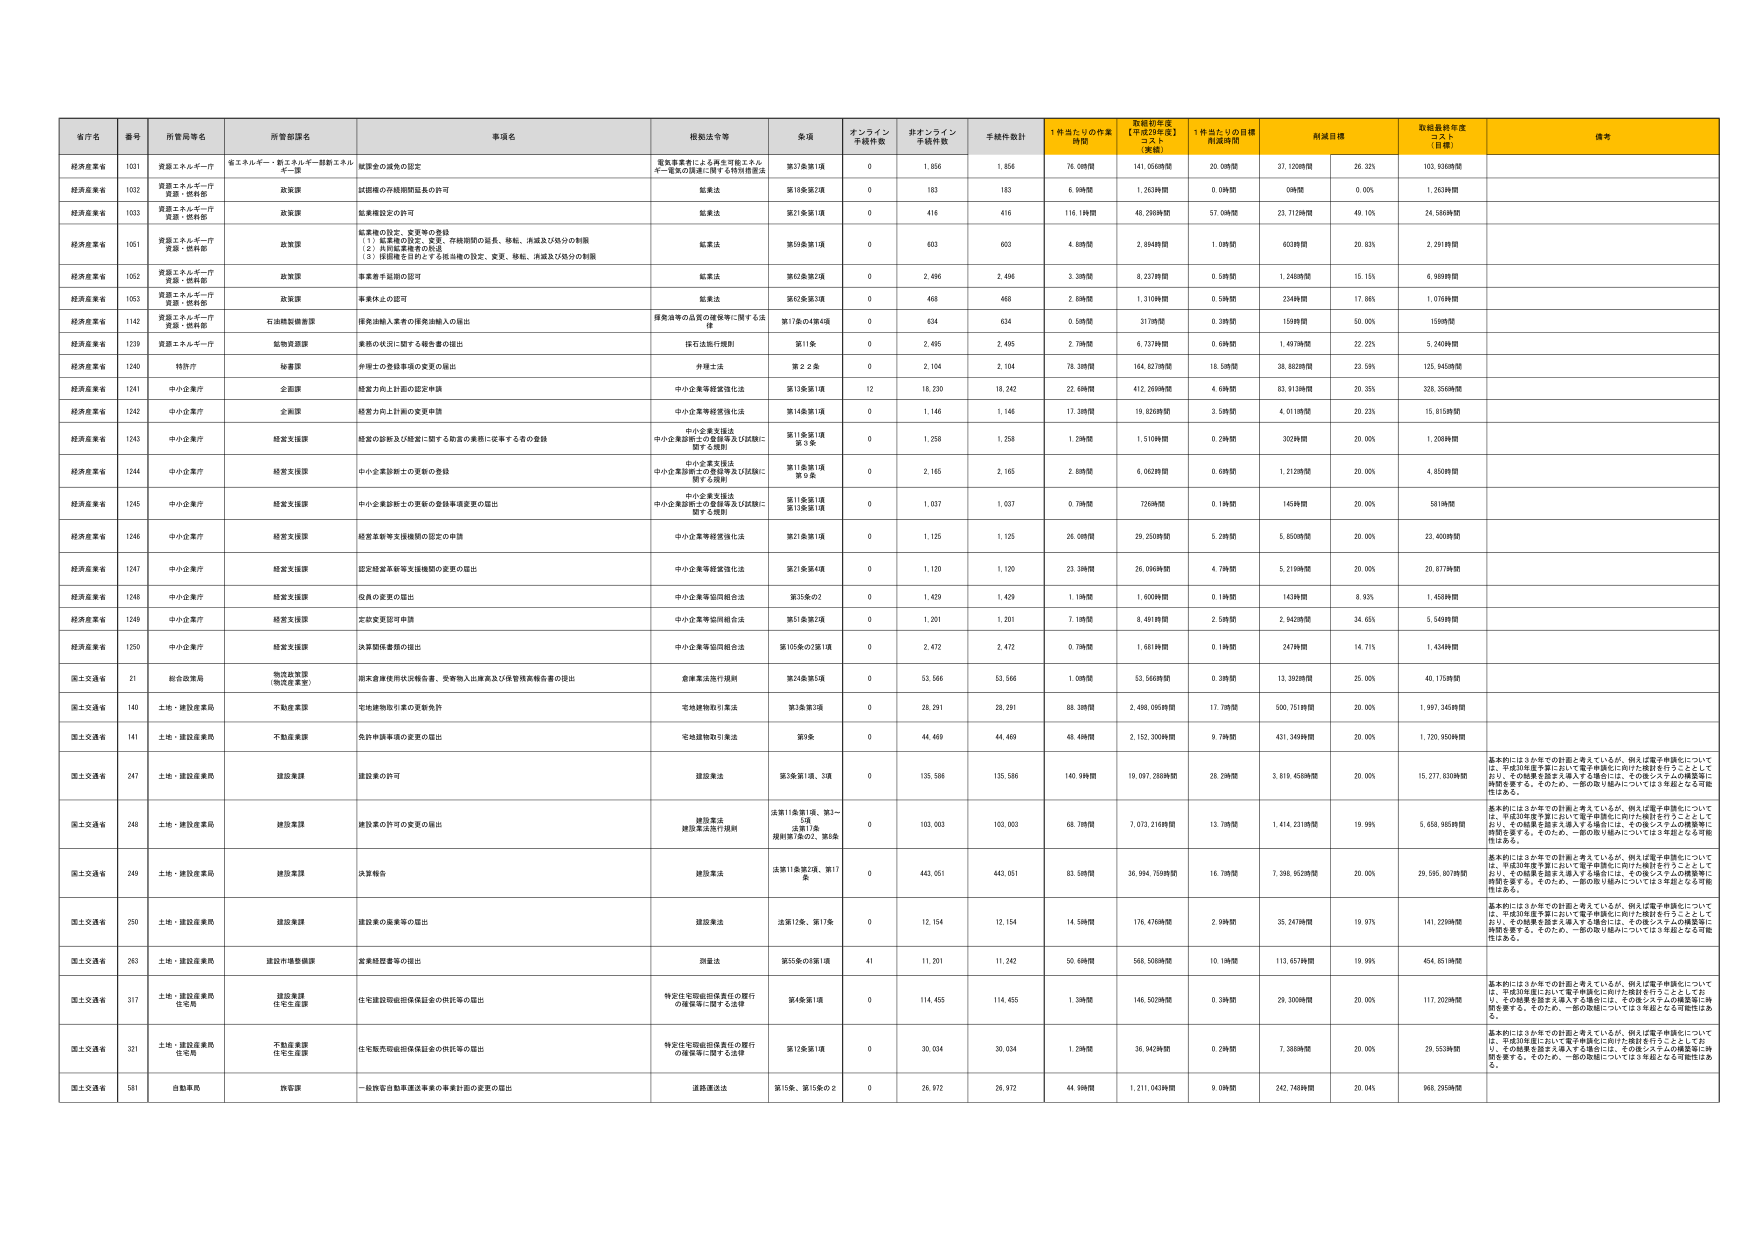
省庁名 番号 所管局等名 所管部課名 事項名 根拠法令等 金額 オンライン 手続件数 非オンライン 手続件数 手続件数計 1件当たりの作業 時間 数値初年度 【平成29年度】 コスト 【実績】 1件当たりの目標 作成時間 削減目標 取組最終年度 コスト 【目標】 備考
経済産業省 1031 資源エネルギー庁 資エネルギー・新エネルギー・創薬エネルギー課 結課金の減免の認定 電気事業者による再生可能エネルギーや電力の卸売に関する特別措置法 第37条第1項 0 1,856 1,856 76.08時間 141,056時間 20.08時間 37.120時間 26.32% 103.936時間
経済産業省 1032 資源エネルギー庁 資源・燃料部 政策課 試験機の外観期間延長の許可 鉱業法 第18条第2項 0 183 183 6.99時間 1,263時間 0.09時間 0時間 0.00% 1.263時間
経済産業省 1033 資源エネルギー庁 資源・燃料部 政策課 鉱業権設定の許可 鉱業法 第21条第1項 0 416 416 119.16時間 48,298時間 57.08時間 23.712時間 40.10% 24.586時間
経済産業省 1051 資源エネルギー庁 資源・燃料部 政策課 鉱業権の設定、変更等の登録 （1）鉱業権の設定、変更、存続期間の延長、移転、消滅及び処分の制限 （2）特別鉱業権の処分 （3）採掘権を目的とする抵当権の設定、変更、移転、消滅及び処分の制限 鉱業法 第59条第1項 0 603 603 4.89時間 2,894時間 1.08時間 603時間 20.83% 2,291時間
経済産業省 1052 資源エネルギー庁 資源・燃料部 政策課 事業着手届出の認可 鉱業法 第62条第2項 0 2,496 2,496 3.38時間 8,337時間 0.58時間 1,248時間 15.15% 6,989時間
経済産業省 1053 資源エネルギー庁 資源・燃料部 政策課 事業休止の認可 鉱業法 第62条第3項 0 468 468 2.89時間 1,319時間 0.58時間 234時間 17.86% 1,078時間
経済産業省 1142 資源エネルギー庁 資源・燃料部 石油機関審査課 採掘油輸入業者の採発油輸入の届出 鉱業法等の品質の確保等に関する法律 第17条の4第4項 0 634 634 0.58時間 317時間 0.38時間 159時間 50.00% 159時間
経済産業省 1239 資源エネルギー庁 資源・燃料部 炭油資源課 業務の状況に関する報告書の提出 石石油法附則 第11条 0 2,495 2,495 2.79時間 6,737時間 0.68時間 1,497時間 22.22% 5,240時間
経済産業省 1240 精密庁 秘書課 外部士の登録事項の変更の届出 外部士法 第２２条 0 2,104 2,104 78.38時間 164,827時間 16.58時間 38,862時間 23.99% 125,945時間
経済産業省 1241 中小企業庁 企画課 経営力向上計画の認定申請 中小企業等経営強化法 第13条第1項 12 18,230 18,242 22.68時間 412,269時間 4.68時間 83,913時間 20.35% 328,356時間
経済産業省 1242 中小企業庁 企画課 経営力向上計画の変更申請 中小企業等経営強化法 第14条第1項 0 1,146 1,146 17.38時間 19,828時間 3.58時間 4,011時間 20.23% 15,815時間
経済産業省 1243 中小企業庁 経営支援課 経営の診断及び経営に関する助言の業務に従事する者の登録 中小企業支援法 中小企業等に関する登録等及び試験に関する規則 第11条第1項 第５条 0 1,258 1,258 1.28時間 1,510時間 0.28時間 302時間 20.00% 1,208時間
経済産業省 1244 中小企業庁 経営支援課 中小企業診断士の更新の登録 中小企業支援法 中小企業等に関する登録等及び試験に関する規則 第11条第1項 第５条 0 2,165 2,165 2.88時間 6,062時間 0.68時間 1,212時間 20.00% 4,850時間
経済産業省 1245 中小企業庁 経営支援課 中小企業診断士の更新の登録事項変更の届出 中小企業支援法 中小企業等に関する登録等及び試験に関する規則 第11条第1項 第13条第1項 0 1,037 1,037 0.79時間 726時間 0.19時間 145時間 20.00% 581時間
経済産業省 1246 中小企業庁 経営支援課 経営革新等支援機関の認定の申請 中小企業等経営強化法 第21条第1項 0 1,125 1,125 26.08時間 29,250時間 5.28時間 5,850時間 20.00% 23,400時間
経済産業省 1247 中小企業庁 経営支援課 認定経営革新等支援機関の変更の届出 中小企業等経営強化法 第21条第4項 0 1,120 1,120 23.38時間 26,096時間 4.78時間 5,219時間 20.00% 20,877時間
経済産業省 1248 中小企業庁 経営支援課 役員の変更の届出 中小企業等協同組合法 第35条の2 0 1,429 1,429 1.19時間 1,600時間 0.19時間 143時間 9.83% 1,458時間
経済産業省 1249 中小企業庁 経営支援課 定款変更認可申請 中小企業等協同組合法 第51条第2項 0 1,201 1,201 7.18時間 8,491時間 2.58時間 2,943時間 34.65% 5,548時間
経済産業省 1250 中小企業庁 経営支援課 決算関係書類の提出 中小企業等協同組合法 第105条の2第1項 0 2,472 2,472 0.79時間 1,681時間 0.19時間 247時間 14.71% 1,434時間
国土交通省 21 総合政策局 物流政策課 物流政策室 雨水倉庫使用状況報告書、受寄物入出庫表及び保管残高報告書の提出 倉庫業法施行規則 第24条第5項 0 53,566 53,566 1.08時間 53,566時間 0.38時間 13,392時間 25.00% 40,175時間
国土交通省 140 土地・建設産業局 不動産業課 宅地建物取引業の更新免許 宅地建物取引業法 第3条第3項 0 28,291 28,291 88.38時間 2,488,095時間 17.78時間 500,751時間 20.00% 1,987,345時間
国土交通省 141 土地・建設産業局 不動産業課 免許申請事項の変更の届出 宅地建物取引業法 第9条 0 44,469 44,469 48.48時間 2,152,300時間 9.78時間 431,349時間 20.00% 1,720,950時間
国土交通省 247 土地・建設産業局 建設業課 建設業の許可 建設業法 第5条第1項、3項 0 135,586 135,586 140.98時間 19,097,288時間 28.28時間 3,819,458時間 20.00% 15,277,830時間 基本的には3か年での計画と考えているが、例えば電子申請化については、平成30年度を期に於いて電子申請化に向けた検討を行うこととしており、その結果を踏まえ導入する場合には、その際システムの構築等に時間を要する。そのため、一部の取り組みについては3年超となる可能性がある。
国土交通省 248 土地・建設産業局 建設業課 建設業の許可の変更の届出 建設業法 建設業法施行規則 法第11条第1項、第3-5項 法第17条 規則第7条の2、第8条 0 103,003 103,003 68.78時間 7,072,216時間 13.78時間 1,414,231時間 19.99% 5,658,985時間 基本的には3か年での計画と考えているが、例えば電子申請化については、平成30年度を期に於いて電子申請化に向けた検討を行うこととしており、その結果を踏まえ導入する場合には、その際システムの構築等に時間を要する。そのため、一部の取り組みについては3年超となる可能性がある。
国土交通省 249 土地・建設産業局 建設業課 決算報告 建設業法 法第18条第2項、第17条 0 443,051 443,051 83.58時間 36,984,759時間 16.78時間 7,398,952時間 20.00% 29,585,807時間 基本的には3か年での計画と考えているが、例えば電子申請化については、平成30年度を期に於いて電子申請化に向けた検討を行うこととしており、その結果を踏まえ導入する場合には、その際システムの構築等に時間を要する。そのため、一部の取り組みについては3年超となる可能性がある。
国土交通省 250 土地・建設産業局 建設業課 建設業の廃業等の届出 建設業法 法第12条、第17条 0 12,154 12,154 14.58時間 176,476時間 2.98時間 35,247時間 19.97% 141,229時間 基本的には3か年での計画と考えているが、例えば電子申請化については、平成30年度を期に於いて電子申請化に向けた検討を行うこととしており、その結果を踏まえ導入する場合には、その際システムの構築等に時間を要する。そのため、一部の取り組みについては3年超となる可能性がある。
国土交通省 263 土地・建設産業局 建設市場整備課 営業経理書等の提出 測量法 第55条の3第1項 41 11,201 11,242 50.68時間 568,508時間 10.18時間 113,657時間 19.99% 454,851時間
国土交通省 317 土地・建設産業局 住宅局 建設業課 住宅業課 住宅建設瑕疵担保保証金の供託等の届出 特定住宅瑕疵担保責任の履行の確保等に関する法律 第4条第1項 0 114,455 114,455 1.38時間 146,503時間 0.38時間 29,300時間 20.00% 117,202時間 基本的には3か年での計画と考えているが、例えば電子申請化については、平成30年度において電子申請化に向けた検討を行うこととしており、その結果を踏まえ導入する場合には、その際システムの構築等に時間を要する。そのため、一部の取組については3年超となる可能性はある。
国土交通省 321 土地・建設産業局 住宅局 不動産業課 住宅宅産課 住宅販売瑕疵担保保証金の供託等の届出 特定住宅瑕疵担保責任の履行の確保等に関する法律 第12条第1項 0 30,034 30,034 1.29時間 36,942時間 0.29時間 7,388時間 20.00% 29,553時間 基本的には3か年での計画と考えているが、例えば電子申請化については、平成30年度において電子申請化に向けた検討を行うこととしており、その結果を踏まえ導入する場合には、その際システムの構築等に時間を要する。そのため、一部の取組については3年超となる可能性はある。
国土交通省 581 自動車局 販管課 一般旅客自動車運送事業の事業計画の変更の届出 道路運送法 第15条、第15条の2 0 26,972 26,972 44.98時間 1,211,043時間 9.08時間 242,748時間 20.04% 968,295時間